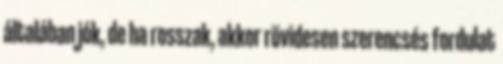
általában jók, de ha rosszak, akkor rövidesen szerencsés fordulat